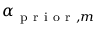
\alpha _ { \mathrm { ~ p ~ r ~ i ~ o ~ r ~ } , m }